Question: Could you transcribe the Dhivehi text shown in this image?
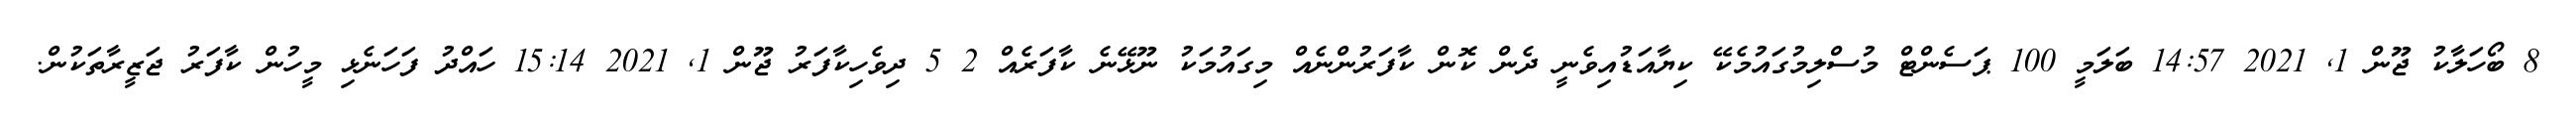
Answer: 8 ބޯހަލާކު ޖޫން 1, 2021 14:57 ބަލަމީ 100 ޕަސެންޓް މުސްލިމުގައުމެކޭ ކިޔާއަޑުއިވެނީ ދެން ކޮން ކާފަރުންނެއް މިގައުމަކު ނޫޅޭނެ ކާފަރެއް 2 5 ދިވެހިކާފަރު ޖޫން 1, 2021 15:14 ހައްދު ފަހަނެޅި މީހުން ކާފަރު ޖަޒީރާތަކުން.